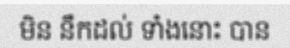
មិន នឹកដល់ ទាំងនោះ បាន